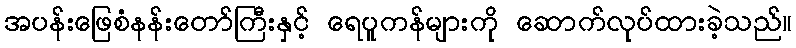
အပန်းဖြေစံနန်းတော်ကြီးနှင့် ရေပူကန်များကို ဆောက်လုပ်ထားခဲ့သည်။